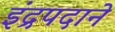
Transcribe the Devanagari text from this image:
इंद्रपदाने